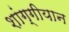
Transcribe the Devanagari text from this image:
शांग्गीयान